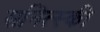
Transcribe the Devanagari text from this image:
सनित्स्की